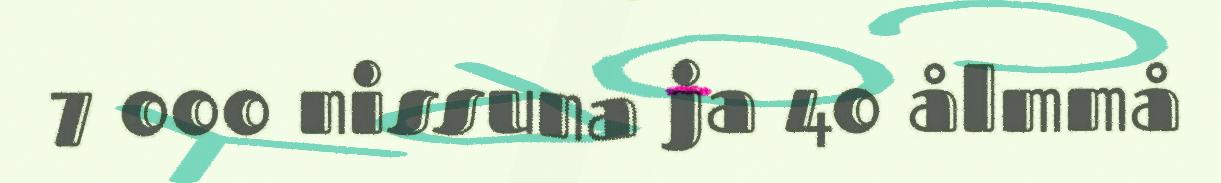
7 000 nissuna ja 40 ålmmå